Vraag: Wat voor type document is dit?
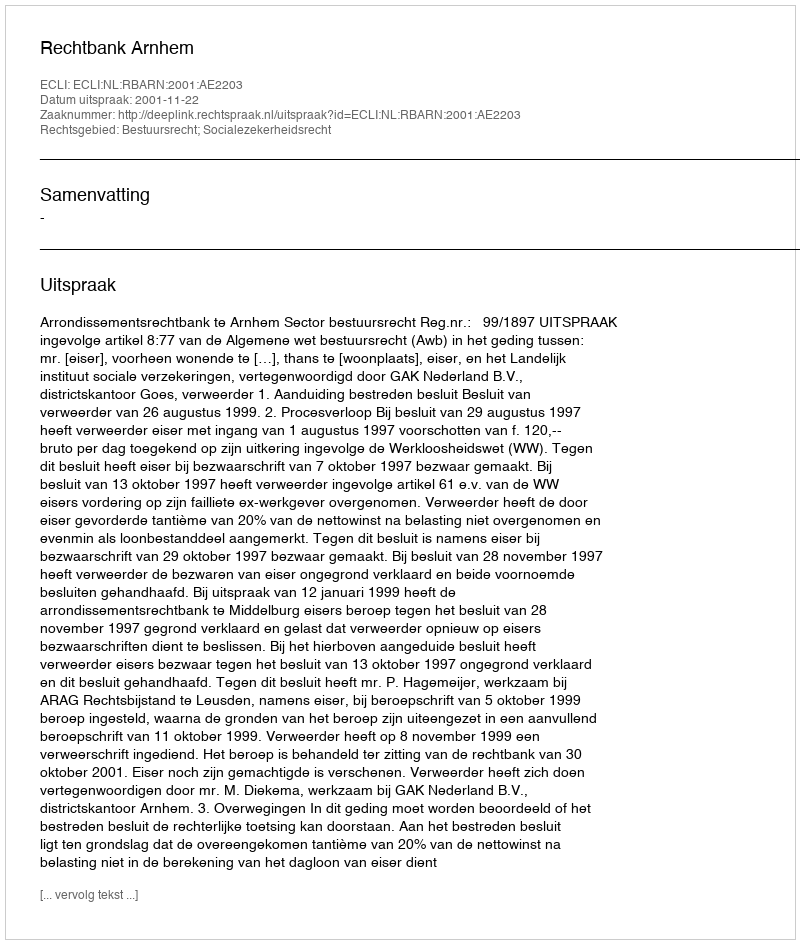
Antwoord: Uitspraak